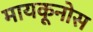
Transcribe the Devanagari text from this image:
मायकूनोस